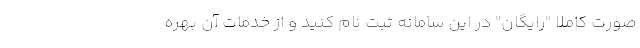
صورت کاملا "رایگان" در این سامانه ثبت نام کنید و از خدمات آن بهره